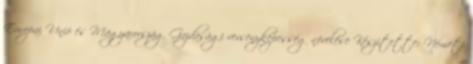
Európai Unió és Magyarország Gazdasági versenyképesség növelése Készítette: Németi